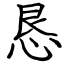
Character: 恳